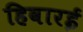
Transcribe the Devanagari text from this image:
हिवारई